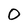
Character: O